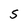
Character: S